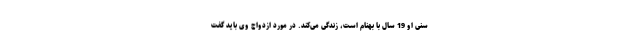
سنی او 19 سال با بهنام است، زندگی می‌کند. در مورد ازدواج وی باید گفت